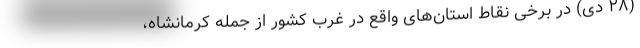
(۲۸ دی) در برخی نقاط استان‌های واقع در غرب کشور از جمله کرمانشاه،